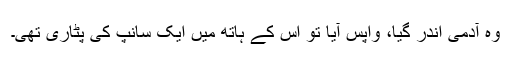
وہ آدمی اندر گیا، واپس آیا تو اُس کے ہاتھ میں ایک سانپ کی پٹاری تھی۔